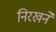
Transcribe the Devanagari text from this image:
निरखने